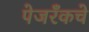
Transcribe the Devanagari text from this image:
पेजरँकचे